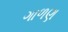
ગાળણ